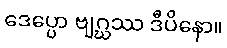
ဒေပ္ပော ဗျဂ္ဃဿ ဒီပိနော။